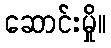
ဆောင်းမှို။